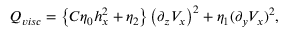
Q _ { v i s c } = \left\{ C \eta _ { 0 } h _ { x } ^ { 2 } + \eta _ { 2 } \right\} \left( \partial _ { z } V _ { x } \right) ^ { 2 } + \eta _ { 1 } ( \partial _ { y } V _ { x } ) ^ { 2 } ,